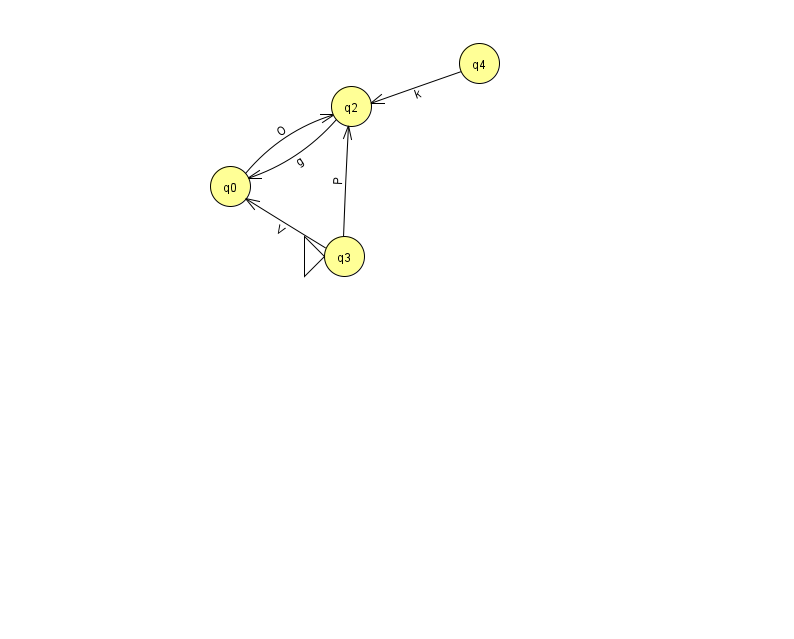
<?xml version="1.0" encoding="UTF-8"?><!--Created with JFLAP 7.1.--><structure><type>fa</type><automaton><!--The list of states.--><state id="0" name="q0"><x>230.0</x><y>173.0</y></state><state id="2" name="q2"><x>351.0</x><y>93.0</y></state><state id="3" name="q3"><x>344.0</x><y>243.0</y><initial/></state><state id="4" name="q4"><x>479.0</x><y>50.0</y></state><!--The list of transitions.--><transition><from>4</from><to>2</to><read>k</read></transition><transition><from>2</from><to>0</to><read>g</read></transition><transition><from>3</from><to>0</to><read>V</read></transition><transition><from>3</from><to>2</to><read>P</read></transition><transition><from>0</from><to>2</to><read>O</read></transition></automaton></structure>